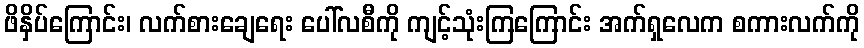
ဖိနှိပ်ကြောင်း၊ လက်စားချေရေး ပေါ်လစီကို ကျင့်သုံးကြကြောင်း အက်ရှလေက စကားလက်ကို